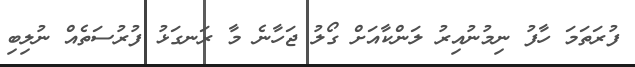
ފުރަތަމަ ހާފު ނިމުނުއިރު ލަންކާއަށް ގޯލު ޖަހާނެ މާ ރަނގަޅު ފުރުސަތެއް ނުލިބި